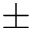
\pm